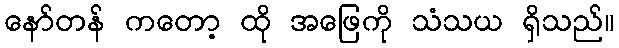
နော်တန် ကတော့ ထို အဖြေကို သံသယ ရှိသည်။